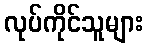
လုပ်ကိုင်သူများ